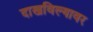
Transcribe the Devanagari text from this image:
दाखविल्यावर